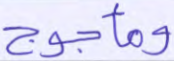
ومأجوج